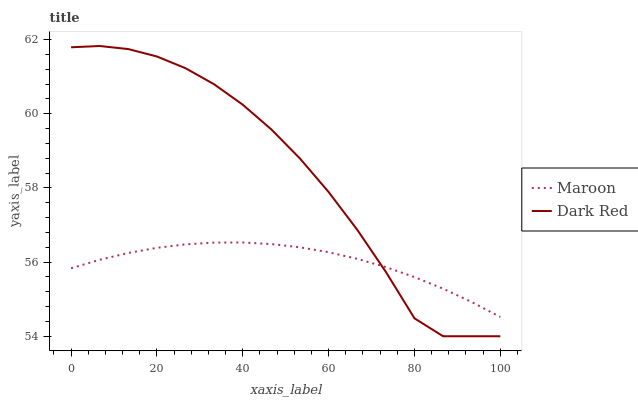
| xaxis_label | Maroon | Dark Red |
 | --- | --- | --- |
 | 0 | 55.8 | 61.8 |
 | 6.67 | 56.1 | 61.8 |
 | 13.3 | 56.2 | 61.7 |
 | 20 | 56.4 | 61.5 |
 | 26.7 | 56.5 | 61.2 |
 | 33.3 | 56.5 | 60.8 |
 | 40 | 56.5 | 60.2 |
 | 46.7 | 56.5 | 59.6 |
 | 53.3 | 56.4 | 58.8 |
 | 60 | 56.3 | 57.9 |
 | 66.7 | 56.1 | 56.9 |
 | 73.3 | 55.9 | 55.7 |
 | 80 | 55.6 | 54.5 |
 | 86.7 | 55.3 | 54 |
 | 93.3 | 54.9 | 54 |
 | 100 | 54.5 | 54 |